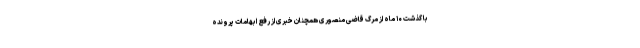
با گذشت ۱۰ ماه از مرگ قاضی منصوری همچنان خبری از رفع ابهامات پرونده